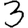
Digit: 3